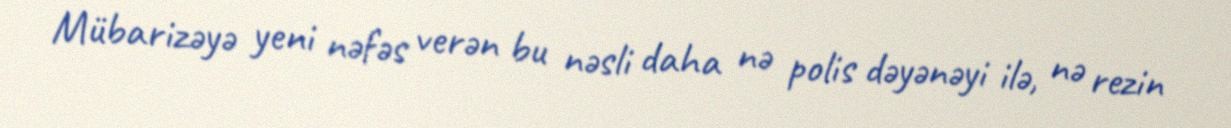
Mübarizəyə yeni nəfəs verən bu nəsli daha nə polis dəyənəyi ilə, nə rezin